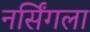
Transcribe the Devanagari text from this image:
नर्सिंगला